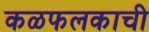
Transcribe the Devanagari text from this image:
कळफलकाची